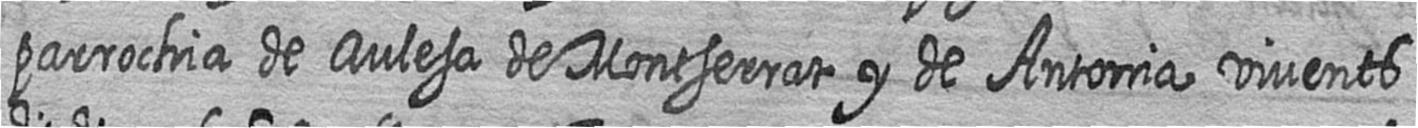
parrochia de Aulesa de Montserrat y de Antonia vivents